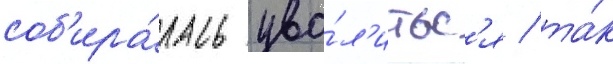
соб'ира́лась уво́л'итьс'я / та́к